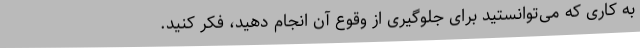
به کاری که می‌توانستید برای جلوگیری از وقوع آن انجام دهید، فکر کنید.